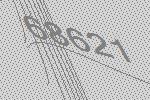
68621